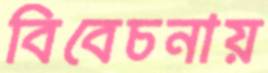
বিবেচনায়